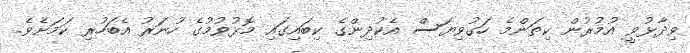
ވިދާޅުވީ އުމުރުން ކިތަންމެ ހަގުވިޔަސް އެކުދިންގެ ކިބައިގައި މޮޅުވުމުގެ ހުނަރު އެބަހުރި ކަމަަށެވެ.